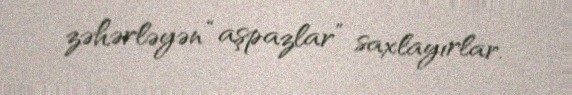
zəhərləyən “aşpazlar” saxlayırlar.